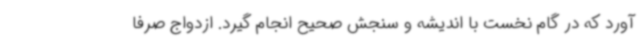
آورد که در گام نخست با اندیشه و سنجش صحیح انجام گیرد. ازدواج صرفا